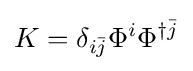
K=\delta _{i{\bar {j}}}\Phi ^{i}\Phi ^{\dagger {\bar {j}}}